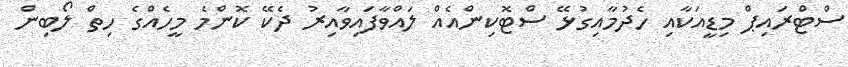
ސްޓްރައިޕް މިޑީއަކާއި ހެދުމާއިގުޅޭ ސްޓޮކިންއެއް ލައްވާފައިވާއިރު ދެކޭ ކޮންމެ މީހެއްގެ ހިތް ލޯބިން